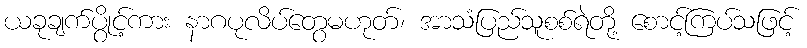
ယခုချက်ပွိုင့်ကား နာဂပုလိပ်တွေမဟုတ်၊ အာသံပြည်သူစစ်ရဲတို့ စောင့်ကြပ်သဖြင့်